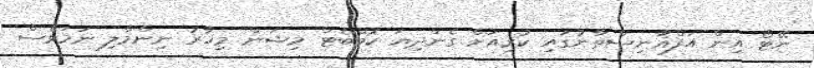
ނޭޓޯ އިން އަފްޣާނިސްތާނުގައި ކުރިއަށް ގެންދިޔަ ކޮމްބެޓް މިޝަން މިހާރު ނިންމާލި ނަމަވެސް